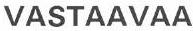
VASTAAVAA